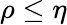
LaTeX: \rho\leq\eta